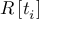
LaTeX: R \left[ t _ { i } \right]